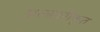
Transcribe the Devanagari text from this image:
अल्कलीकृत